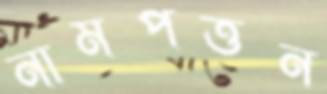
নামপত্তন